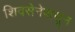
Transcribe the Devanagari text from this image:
शिवसेनेपासून